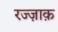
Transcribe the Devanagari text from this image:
रज्ज़ाक़